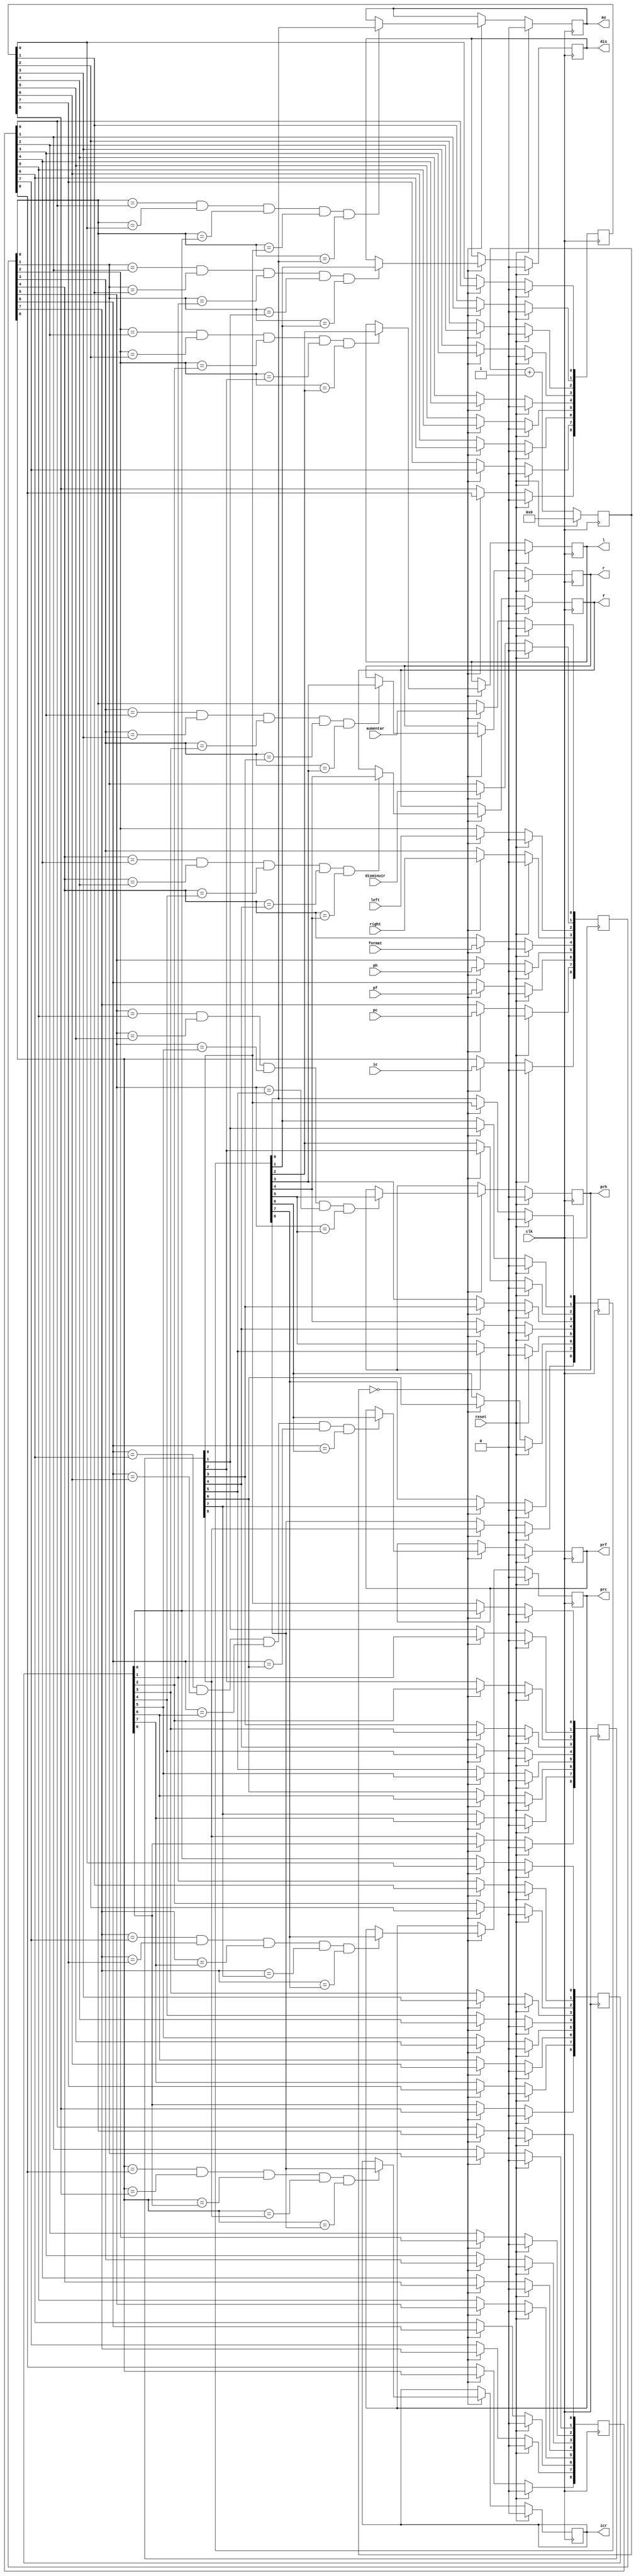
`timescale 1ns / 1ps
//////////////////////////////////////////////////////////////////////////////////
// Company: TEC
// 
// Design Name: 
// Module Name:    FFs-antirrebote 
// Project Name: Proyecto 1
// Target Devices: Nexys 3
// Tool versions: 
// Description: Este modulo evita el rebote de los botones y switches de entrada
//
// Dependencies: 
//
// Revision: 
// Revision 0.01 - File Created
// Additional Comments: 
//
//////////////////////////////////////////////////////////////////////////////////
module FFs(
    input wire aumentar,
    input wire disminuir,
	 input wire left,
	 input wire right,
	 input wire format,
    input wire ph,
	 input wire pf,
	 input wire pc,
	 input wire ic,
	 input wire clk,
	 input reset,
    output reg au,
    output reg dis,
    output reg l,
	 output reg r,
	 output reg f,
	 output reg prh,
	 output reg prf,
	 output reg prc,
	 output reg icr
    );
reg [8:0]pas1;
reg [8:0]pas2;
reg [8:0]pas3;
reg [8:0]pas4;
reg [8:0]pas5;
reg [8:0]pas6;
reg [9:0]delay;

always @(posedge clk)
if (reset)
	begin
	pas1<=9'b0;
	pas2<=9'b0;
	pas3<=9'b0;
	pas4<=9'b0;
	pas5<=9'b0;
	pas6<=9'b0;
	au<=1'b0;
	dis<=1'b0;
	l<=1'b0;
	r<=1'b0;
	f<=1'b0;
	prh<=1'b0;
	prf<=1'b0;
	prc<=1'b0;
	icr<=1'b0;
	delay<=0;
	end
else if (delay==0)
	begin
	pas1[0]<=aumentar;
	pas1[1]<=disminuir;
	pas1[2]<=left;
	pas1[3]<=right;
	pas1[4]<=format;
	pas1[5]<=ph;
	pas1[6]<=pf;
	pas1[7]<=pc;
	pas1[8]<=ic;
	pas2[0]<=pas1[0];
	pas2[1]<=pas1[1];
	pas2[2]<=pas1[2];
	pas2[3]<=pas1[3];
	pas2[4]<=pas1[4];
	pas2[5]<=pas1[5];
	pas2[6]<=pas1[6];
	pas2[7]<=pas1[7];
	pas2[8]<=pas1[8];
	
	pas3[0]<=pas2[0];
	pas3[1]<=pas2[1];
	pas3[2]<=pas2[2];
	pas3[3]<=pas2[3];
	pas3[4]<=pas2[4];
	pas3[5]<=pas2[5];
	pas3[6]<=pas2[6];
	pas3[7]<=pas2[7];
	pas3[8]<=pas2[8];
	
	pas4[0]<=pas3[0];
	pas4[1]<=pas3[1];
	pas4[2]<=pas3[2];
	pas4[3]<=pas3[3];
	pas4[4]<=pas3[4];
	pas4[5]<=pas3[5];
	pas4[6]<=pas3[6];
	pas4[7]<=pas3[7];
	pas4[8]<=pas3[8];
	
	pas5[0]<=pas4[0];
	pas5[1]<=pas4[1];
	pas5[2]<=pas4[2];
	pas5[3]<=pas4[3];
	pas5[4]<=pas4[4];
	pas5[5]<=pas4[5];
	pas5[6]<=pas4[6];
	pas5[7]<=pas4[7];
	pas5[8]<=pas4[8];
	
	pas6[0]<=pas5[0];
	pas6[1]<=pas5[1];
	pas6[2]<=pas5[2];
	pas6[3]<=pas5[3];
	pas6[4]<=pas5[4];
	pas6[5]<=pas5[5];
	pas6[6]<=pas5[6];
	pas6[7]<=pas5[7];
	pas6[8]<=pas5[8];
	if (pas1[0]==pas2[0]&&pas1[0]==pas3[0]&&pas1[0]==pas4[0]&&pas1[0]==pas5[0]&&pas1[0]==pas6[0])
		au<=pas6[0];
	if (pas1[1]==pas2[1]&&pas1[1]==pas3[1]&&pas1[1]==pas4[1]&&pas1[1]==pas5[1]&&pas1[1]==pas6[1])
		dis<=pas6[1];
	if (pas1[2]==pas2[2]&&pas1[2]==pas3[2]&&pas1[2]==pas4[2]&&pas1[2]==pas5[2]&&pas1[2]==pas6[2])
		l<=pas6[2];
	if (pas1[3]==pas2[3]&&pas1[3]==pas3[3]&&pas1[3]==pas4[3]&&pas1[3]==pas5[3]&&pas1[3]==pas6[3])
		r<=pas6[3];
	if (pas1[4]==pas2[4]&&pas1[4]==pas3[4]&&pas1[4]==pas4[4]&&pas1[4]==pas5[4]&&pas1[4]==pas6[4])
		f<=pas6[4];
	if (pas1[5]==pas2[5]&&pas1[5]==pas3[5]&&pas1[5]==pas4[5]&&pas1[5]==pas5[5]&&pas1[5]==pas6[5])
		prh<=pas6[5];
	if (pas1[6]==pas2[6]&&pas1[6]==pas3[6]&&pas1[6]==pas4[6]&&pas1[6]==pas5[6]&&pas1[6]==pas6[6])
		prf<=pas6[6];
	if (pas1[7]==pas2[7]&&pas1[7]==pas3[7]&&pas1[7]==pas4[7]&&pas1[7]==pas5[7]&&pas1[7]==pas6[7])
		prc<=pas6[7];
	if (pas1[8]==pas2[8]&&pas1[8]==pas3[8]&&pas1[8]==pas4[8]&&pas1[8]==pas5[8]&&pas1[8]==pas6[8])
		icr<=pas6[8];
	delay<=delay+1'b1;
	end
	else if(delay==2000)delay<=0;
	else 	delay<=delay+1'b1;
endmodule